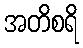
အတိစရိ